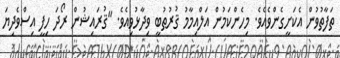
ތަފާތުވުން އެކަށީގެންވެއެވެ. މިހެންކަމުން އަލްއިމާމު ޤުރުޠުބީ ވިދާޅުވިއެވެ. "ޤުރައިޝުން ރޯދަ ހިފީ އިސްވެދިޔަ